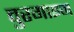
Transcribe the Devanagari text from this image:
वुरगाइन